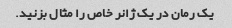
یک رمان در یک ژانر خاص را مثال بزنید.